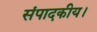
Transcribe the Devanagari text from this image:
संपादकीय।